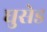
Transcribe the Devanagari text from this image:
घुसेड